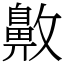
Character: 𪖖